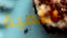
حتمية